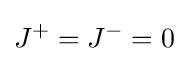
J^{+}=J^{-}=0